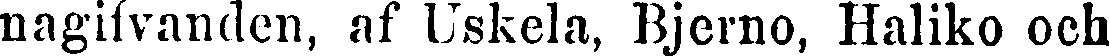
nagifvanden, af Uskela, Bjerno, Haliko och